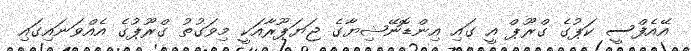
އޭއެފްސީ ކަޕުގެ ގްރޫޕް އީ ގައި އިންޑޮނޭޝިޔާގެ ޖަޔަޕޫރާއަކީ މިވަގުތު ގްރޫޕުގެ އެއްވަނައިގައި